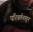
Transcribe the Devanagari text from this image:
परिवर्तनातून